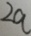
2 a